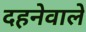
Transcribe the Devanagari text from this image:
दहनेवाले